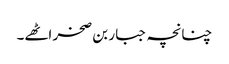
چنانچہ جبار بن صخر اٹھے۔